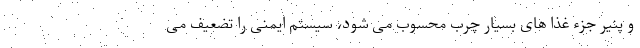
و پنیر جزء غذا های بسیار چرب محسوب می شود، سیستم ایمنی را تضعیف می